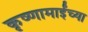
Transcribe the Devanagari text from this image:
कृष्णामाईंच्या